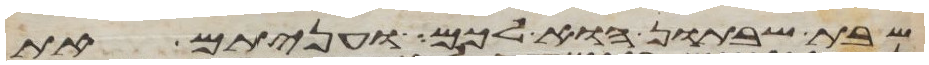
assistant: שבת שבתון הוא לכם ועניתם את